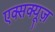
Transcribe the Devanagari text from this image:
एक्सक्यूज़